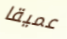
عميقا